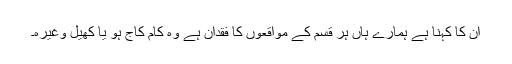
ان کا کہنا ہے ہمارے ہاں ہر قسم کے مواقعوں کا فقدان ہے وہ کام کاج ہو یا کھیل وغیرہ۔